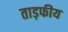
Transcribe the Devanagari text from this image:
ताड़फीय